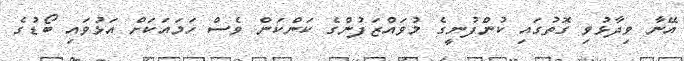
އޭނާ ވިދާޅުވި ގޮތުގައި ކުންފުނީގެ މުވައްޒަފުންގެ ކަންކަން ވެސް ހަމައަކަށް އަޅުވައި ބޯޑުގެ